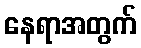
နေရာအတွက်